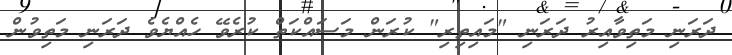
ދަރަނި މަތިވާއިރު ދަރަނި "މައިތިރި" ކުރަން މަސައްކަތް ކުރެވޭ ހެއްޔެވެ ދަރަނި މަތިވުން